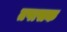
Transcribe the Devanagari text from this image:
तपासक